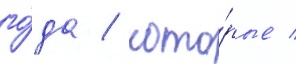
го́да / кото́рые /